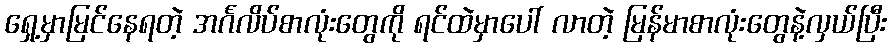
ရှေ့မှာမြင်နေရတဲ့ အင်္ဂလိပ်စာလုံးတွေကို ရင်ထဲမှာပေါ် လာတဲ့ မြန်မာစာလုံးတွေနဲ့လှယ်ပြီး